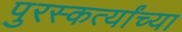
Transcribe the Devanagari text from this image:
पुरस्कर्त्यांच्या